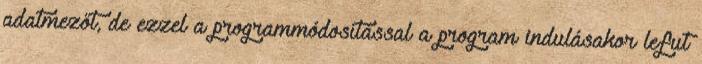
adatmezőt, de ezzel a programmódosítással a program indulásakor lefut